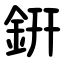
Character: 銒